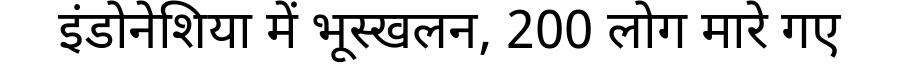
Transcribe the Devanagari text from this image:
इंडोनेशिया में भूस्खलन, 200 लोग मारे गए